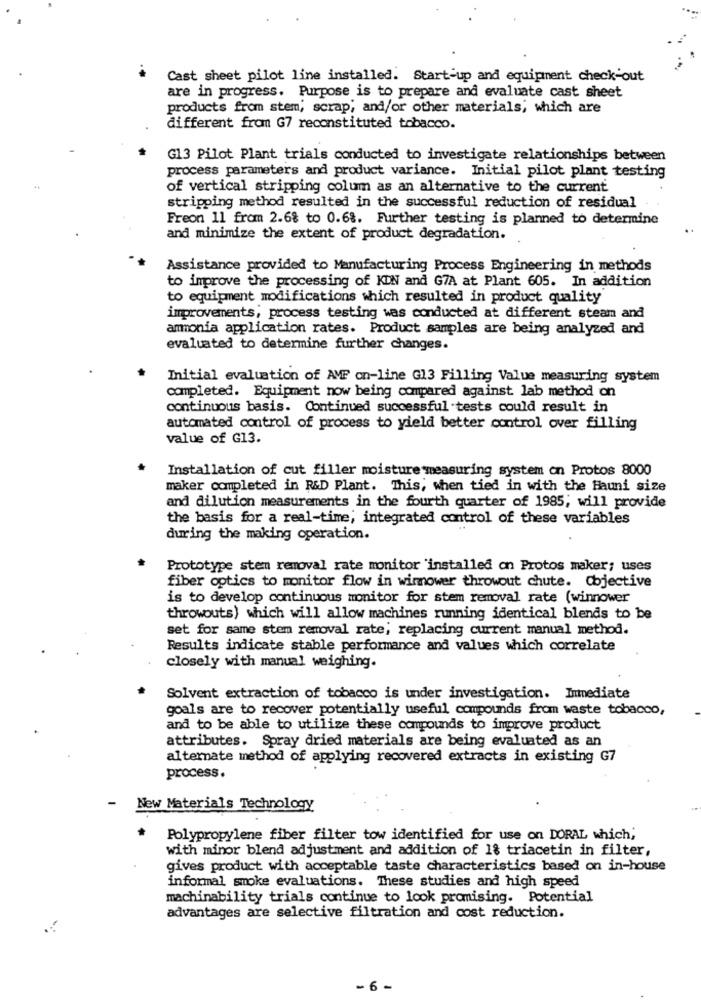
Cast sheet pilot line installed. Start-up and equipment check-out
are in progress. Purpose is to prepare and evaluate cast sheet
products from stem, scrap; and/or other materials; which are
different from G7 reconstituted tobacco.
G13 Pilot Plant trials conducted to investigate relationships between
process parameters and product variance. Initial pilot plant testing
of vertical stripping colum as an alternative to the current
stripping method resulted in the successful reduction of residual
Freon 11 from 2.68 to 0.68. Further testing is planned to determine
and minimize the extent of product degradation.
Assistance provided to Manufacturing Process Engineering in methods
to improve the processing of KIN and G7A at Plant 605. In addition
to equipment modifications which resulted in product quality
improvements, process testing was conducted at different steam and
ammonia application rates. Product samples are being analyzed and
evaluated to determine further changes.
Initial evaluation of AMP on-line G13 Filling Value measuring system
completed. Equipment now being compared against lab method on
continuous basis. Continued successful tests could result in
automated control of process to yield better control over filling
value of G13.
Installation of cut filler moisture measuring system on Protos 8000
maker completed in R&D Plant. This, when tied in with the Hauni size
and dilution measurements in the fourth quarter of 1985; will provide
the basis for a real-time; integrated control of these variables
during the making operation.
Prototype stem removal rate monitor installed on Protos maker; uses
fiber optics to monitor flow in wimower throwout chute. Cojective
is to develop continuous monitor for stem removal rate (winnower
throwouts) which will allow machines running identical blends to be
set for same stem removal rate; replacing current manual method.
Results indicate stable performance and values which correlate
closely with manual weighing.
Solvent extraction of tobacco is under investigation. Immediate
goals are to recover potentially useful compounds from waste tobacco,
and to be able to utilize these compounds to improve product
attributes. Spray dried materials are being evaluated as an
alternate method of applying recovered extracts in existing G7
process.
New Materials Technology
Polypropylene fiber filter tow identified for use on DORAL which;
with minor blend adjustment and addition of 1% triacetin in filter,
gives product with acceptable taste characteristics based on in-house
informal smoke evaluations. These studies and high speed
machinability trials continue to look promising. Potential
advantages are selective filtration and cost reduction.
- 6-